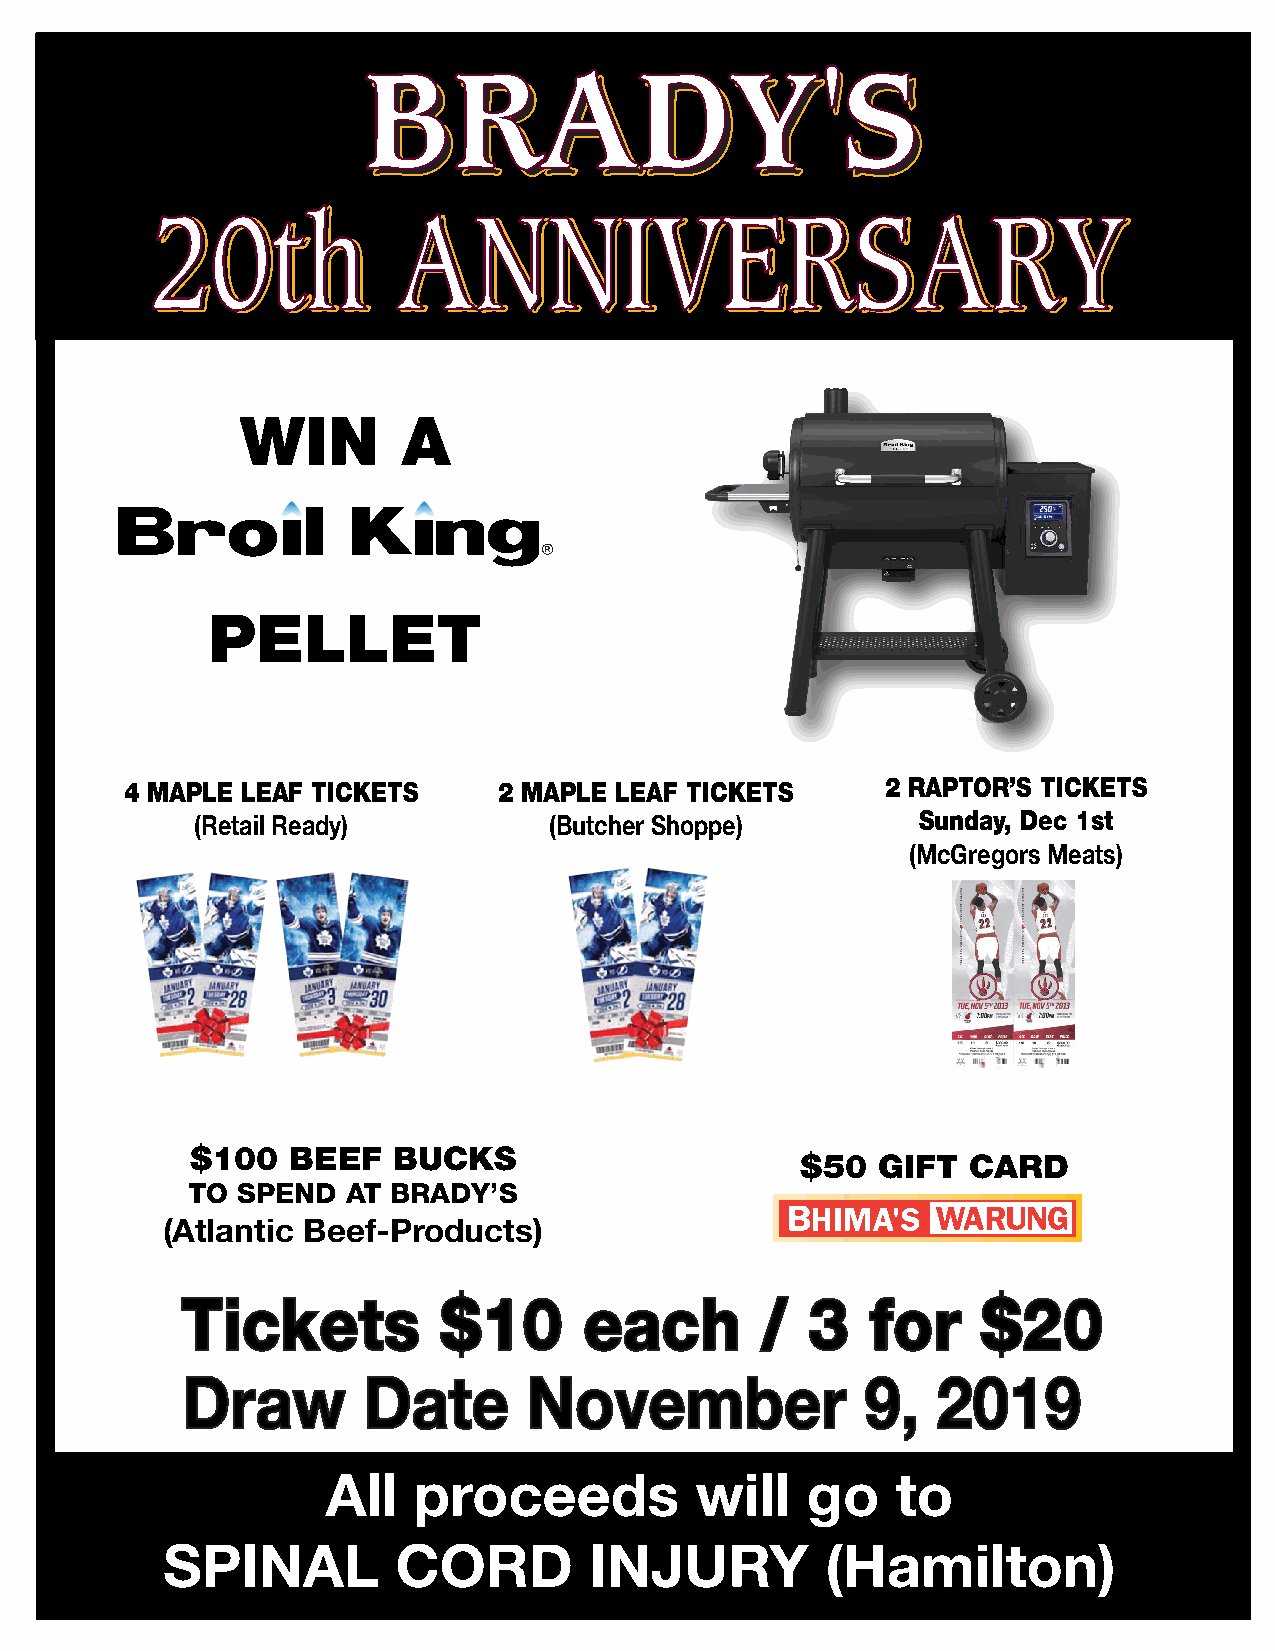
20th            ANNIVERSARY
 WIN        A
 PELLET
 4 MAPLE LEAF TICKETS     2 MAPLE LEAF TICKETS      2 RAPTOR’S TICKETS
 (Retail Ready)         (Butcher Shoppe)         Sunday, Dec 1st
 (McGregors Meats)
 $100  BEEF   BUCKS
 $50  GIFT  CARD
 TO  SPEND  AT BRADY’S
 (Atlantic Beef-Products)
 Tickets          $10       each       /  3    for    $20
 Draw        Date       November              9,   2019
 All  proceeds           will   go    to
 SPINAL         CORD         INJURY          (Hamilton)